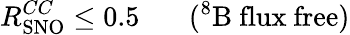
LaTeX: R_{\mathrm{SNO}}^{CC}\leq 0.5\ \ \ \ \ \ \ (^{8}{\mathrm{B\ flux\ free}})